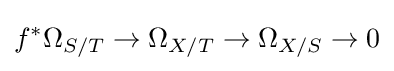
f^{*}\Omega _{S/T}\to \Omega _{X/T}\to \Omega _{X/S}\to 0